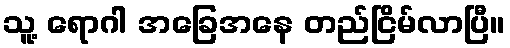
သူ့ ရောဂါ အခြေအနေ တည်ငြိမ်လာပြီ။